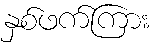
နှစ်ဖက်ကြား